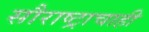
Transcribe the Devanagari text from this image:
सौराष्ट्राचाही